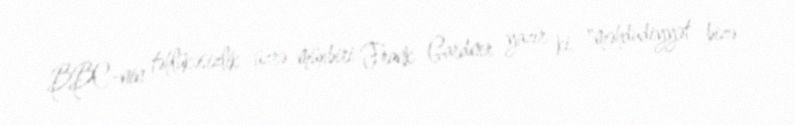
BBC-nin təhlükəsizlik üzrə müxbiri Frank Gardner yazır ki, "məhdudiyyət bizə